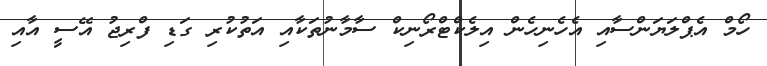
ހޯމް އެޕްލަޔަންސާއި އެހެނިހެން އިލެކްޓްރޯނިކް ސާމާނުތަކާއި އަތުކުރި ގަޑި ފްރިޖު އޭސީ އާއި